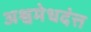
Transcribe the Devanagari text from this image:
अश्वमेधदंत्त